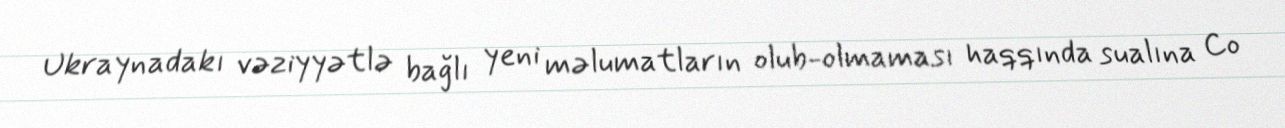
Ukraynadakı vəziyyətlə bağlı yeni məlumatların olub-olmaması haqqında sualına Co